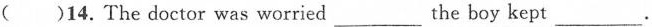
( )14. The doctor was worried___the boy kept ___.